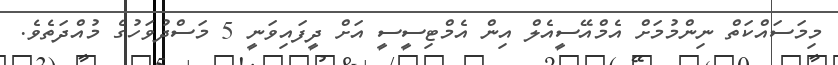
މިމަސައްކަތް ނިންމުމަށް އެމްއޭސީއެލް އިން އެމްޓިސީސީ އަށް ދީފައިވަނީ 5 މަސްދުވަހުގެ މުއްދަތެވެ.